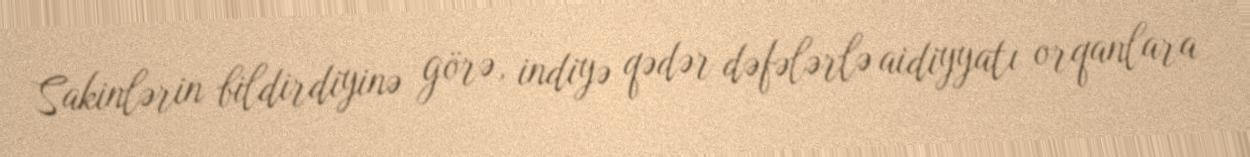
Sakinlərin bildirdiyinə görə, indiyə qədər dəfələrlə aidiyyatı orqanlara